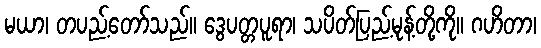
မယာ၊ တပည့်တော်သည်။ ဒွေပတ္တပူရာ၊ သပိတ်ပြည့်မုန့်တို့ကို။ ဂဟိတာ၊